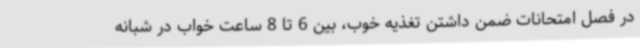
در فصل امتحانات ضمن داشتن تغذیه خوب، بین 6 تا 8 ساعت خواب در شبانه